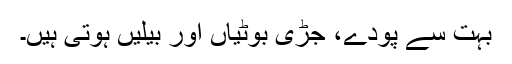
بہت سے پودے، جڑی بوٹیاں اور بیلیں ہوتی ہیں۔